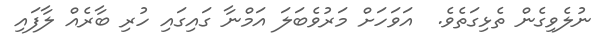
ނުލެވިގެން ތެޅިގަތެވެ.  އަވަހަށް މަރުވެބަލަ އަމްނާ ގައިގައި ހުރި ބާރެއް ލާފައި